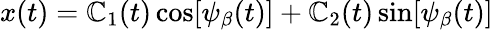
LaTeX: x(t)=\mathbb{C}_{1}(t)\cos[\psi_{\beta}(t)]+\mathbb{C}_{2}(t)\sin[\psi_{\beta}(t)]